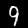
Digit: 9